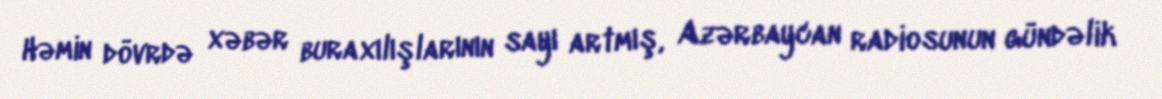
Həmin dövrdə xəbər buraxılışlarının sayı artmış, Azərbaycan radiosunun gündəlik